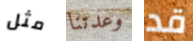
مثل وعدتنا قد